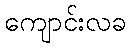
ကျောင်းလခ